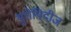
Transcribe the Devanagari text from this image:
युरोपिदीज